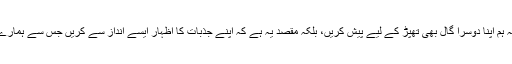
اس مطلب یہ نہیں ہے کہ ہم اپنا دوسرا گال بھی تھپڑ کے لیے پیش کریں، بلکہ مقصد یہ ہے کہ اپنے جذبات کا اظہار ایسے انداز سے کریں جس سے ہمارے مقاصد حاصل ہوسکیں۔